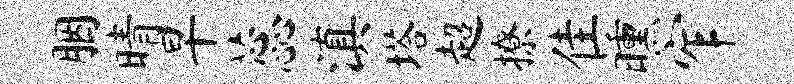
胭晴早蕊滇塔超撩隹曛窄